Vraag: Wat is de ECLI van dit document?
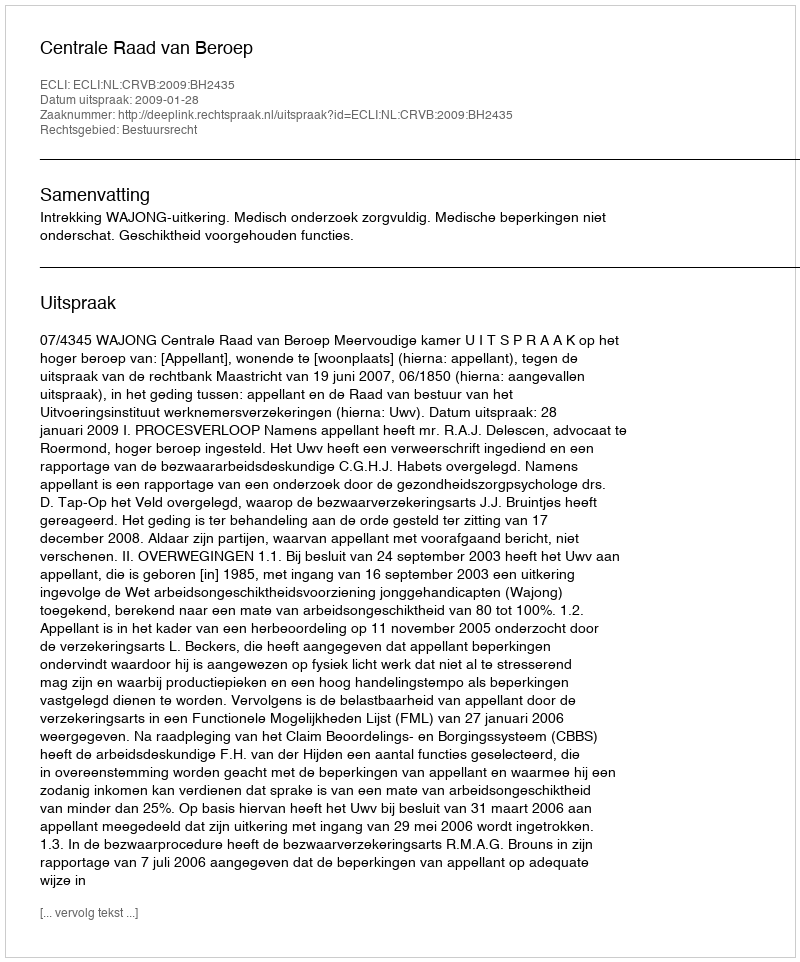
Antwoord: ECLI:NL:CRVB:2009:BH2435